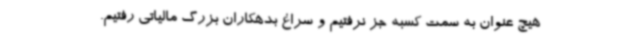
هیچ عنوان به سمت کسبه جز نرفتیم و سراغ بدهکاران بزرگ مالیاتی رفتیم.